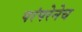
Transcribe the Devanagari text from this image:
परंपरेनेच